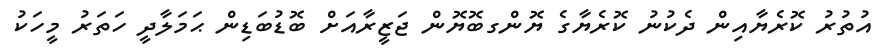
އުތުރު ކޮރެޔާއިން ދެކުނު ކޮރެޔާގެ ޔޮންގބޮޔޮން ޖަޒީރާއަށް ބޮޑުބަޑިން ޙަމަލާދީ ހަތަރު މީހަކު